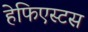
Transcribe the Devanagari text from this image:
हेफिएस्टस